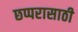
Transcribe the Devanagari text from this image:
छप्परासाठी